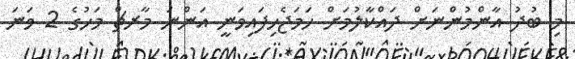
މި ބުދު އާންމުންނަށް ދައްކާލުމަށް ހަމަޖެހިފައިވަނީ އަންނަ މާރޗް މަހުގެ 2 ވަނަ